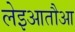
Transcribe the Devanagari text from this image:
लेइआतौआ